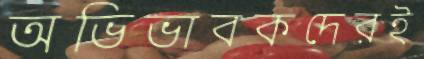
অভিভাবকদেরই